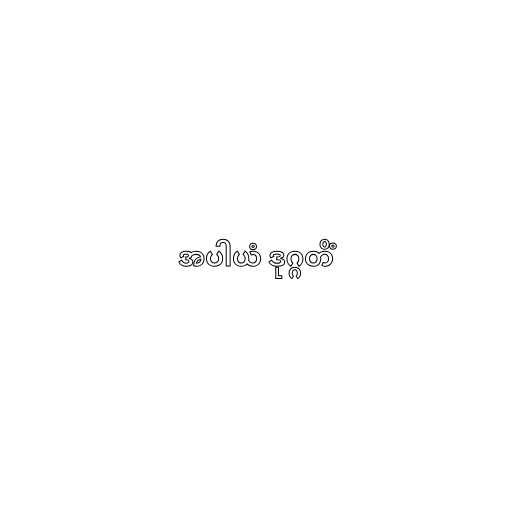
အပါယံ ဒုဂ္ဂတိံ